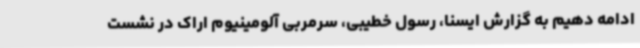
ادامه دهیم به گزارش ایسنا، رسول خطیبی، سرمربی آلومینیوم اراک در نشست